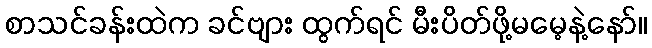
စာသင်ခန်းထဲက ခင်ဗျား ထွက်ရင် မီးပိတ်ဖို့မမေ့နဲ့နော်။